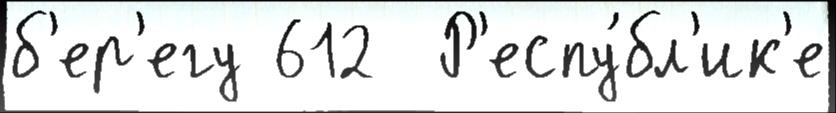
б'ер'егу 612  Р'еспу́бл'ик'е